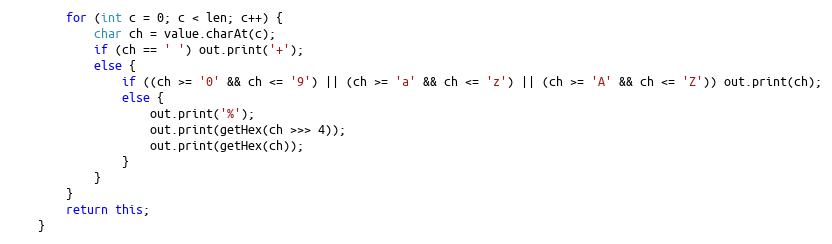
Language: Java
		for (int c = 0; c < len; c++) {
			char ch = value.charAt(c);
			if (ch == ' ') out.print('+');
			else {
				if ((ch >= '0' && ch <= '9') || (ch >= 'a' && ch <= 'z') || (ch >= 'A' && ch <= 'Z')) out.print(ch);
				else {
					out.print('%');
					out.print(getHex(ch >>> 4));
					out.print(getHex(ch));
				}
			}
		}
		return this;
	}